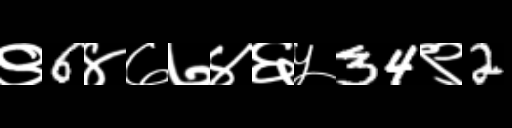
Text: ९6४७७४६५34९2